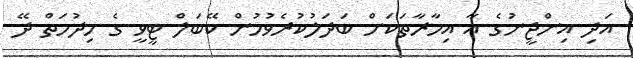
އަދި އިންޖީނުގެ އާ އިމާރާތަކަށް ބަދަލުކުރެވުމުން ކޭބަލް ޓީވީ ގެ ހިދުމަތް ދޭ